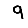
Digit: 9